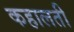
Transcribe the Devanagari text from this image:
कहालती